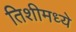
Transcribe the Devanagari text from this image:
तिशीमध्ये